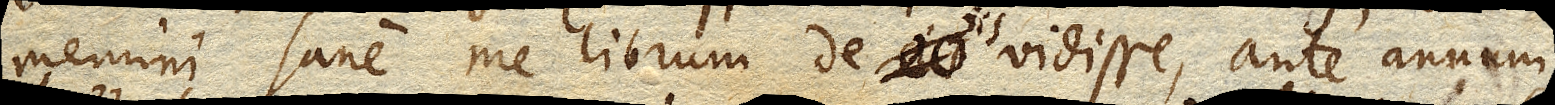
memini sane me librum de iis vidisse, ante annum